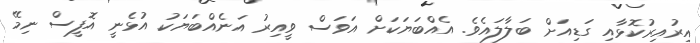
އިރުއިރުކޮޅާއި ގަޑިއަށް ބަލާލައެވެ. އެއްބަޔަކަށް އަވަސް ވީއިރު އަނެއްބަޔަކު އުޅެނީ އޮފީސް ނިމޭ